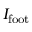
I _ { \mathrm { f o o t } }